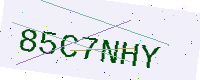
Text: 85C7NHY